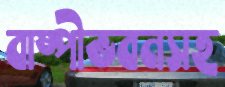
বাষ্পীভবনসহ